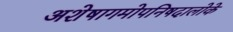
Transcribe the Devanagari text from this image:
अशेषागमोपनिषदालोके